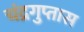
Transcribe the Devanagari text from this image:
चंद्रगुप्तास